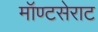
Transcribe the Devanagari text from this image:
मॉण्टसेराट